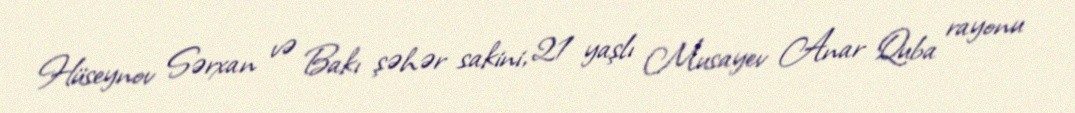
Hüseynov Sərxan və Bakı şəhər sakini, 21 yaşlı Musayev Anar Quba rayonu